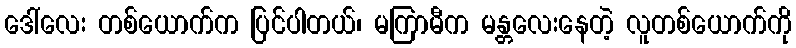
ဒေါ်လေး တစ်ယောက်က ပြင်ပါတယ်၊ မကြာမီက မန္တလေးနေတဲ့ လူတစ်ယောက်ကို